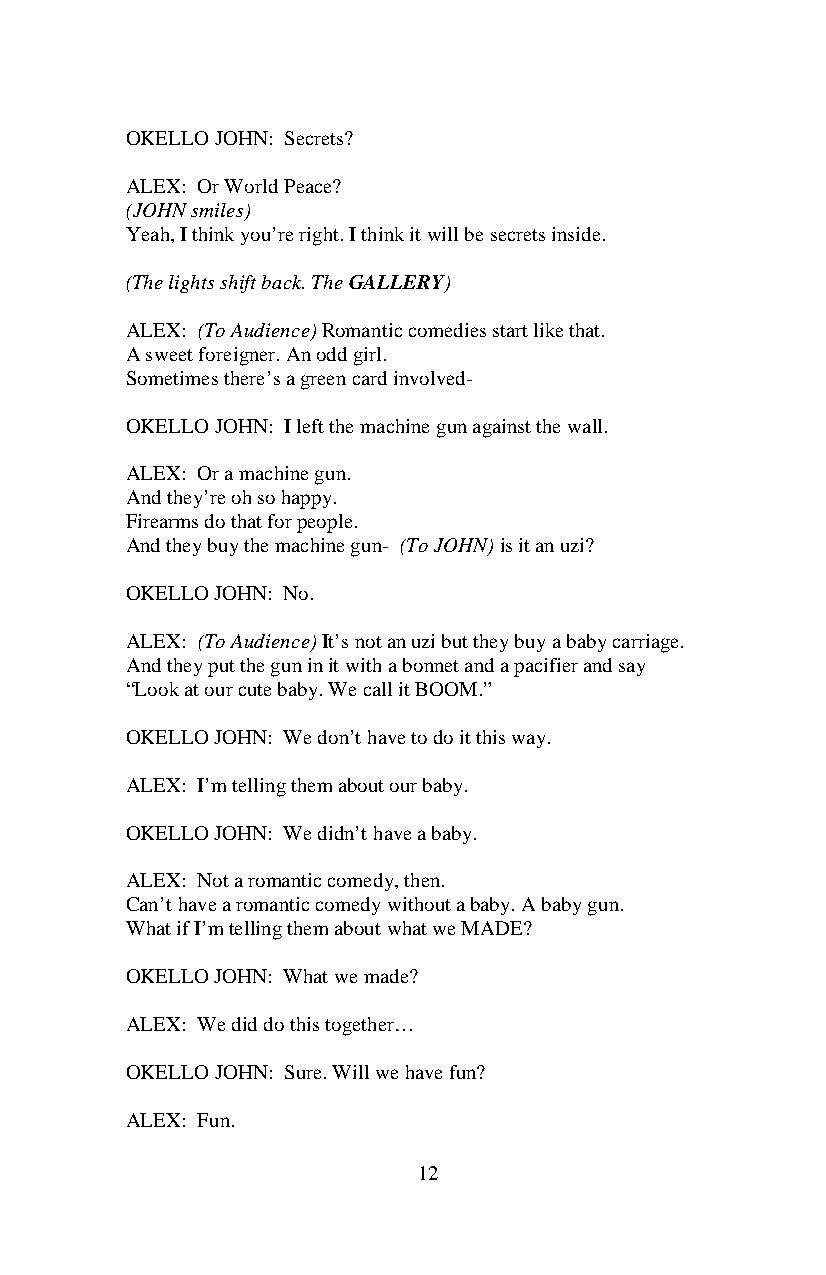
OKELLO JOHN: Secrets?
 ALEX: Or World Peace?
 (JOHN smiles)
 Yeah, I think you’re right. I think it will be secrets inside.
 (The lights shift back. The GALLERY)
 ALEX: (To Audience) Romantic comedies start like that.
 A sweet foreigner. An odd girl.
 Sometimes there’s a green card involved-
 OKELLO JOHN: I left the machine gun against the wall.
 ALEX: Or a machine gun.
 And they’re oh so happy.
 Firearms do that for people.
 And they buy the machine gun- (To JOHN) is it an uzi?
 OKELLO JOHN: No.
 ALEX: (To Audience) It’s not an uzi but they buy a baby carriage.
 And they put the gun in it with a bonnet and a pacifier and say
 “Look at our cute baby. We call it BOOM.”
 OKELLO JOHN: We don’t have to do it this way.
 ALEX: I’m telling them about our baby.
 OKELLO JOHN: We didn’t have a baby.
 ALEX: Not a romantic comedy, then.
 Can’t have a romantic comedy without a baby. A baby gun.
 What if I’m telling them about what we MADE?
 OKELLO JOHN: What we made?
 ALEX: We did do this together…
 OKELLO JOHN: Sure. Will we have fun?
 ALEX: Fun.
 12